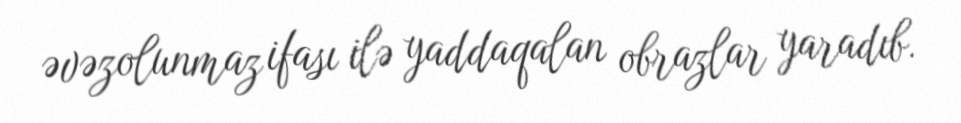
əvəzolunmaz ifası ilə yaddaqalan obrazlar yaradıb.